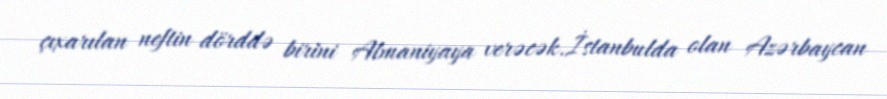
çıxarılan neftin dörddə birini Almaniyaya verəcək.İstanbulda olan Azərbaycan